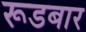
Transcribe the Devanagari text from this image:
रूडबार